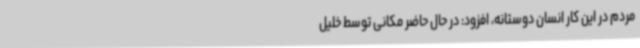
مردم در این کار انسان دوستانه، افزود: در حال حاضر مکانی توسط خلیل